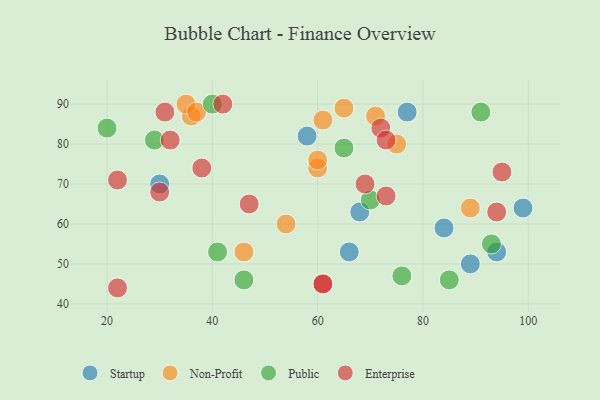
{"axis": {"x": "GDP", "y": "Life Expectancy"}, "legend": ["Enterprise", "Non-Profit", "Public", "Startup"], "data": [{"x": "89", "y": 50, "type": "Startup"}, {"x": "66", "y": 53, "type": "Startup"}, {"x": "84", "y": 59, "type": "Startup"}, {"x": "58", "y": 82, "type": "Startup"}, {"x": "30", "y": 70, "type": "Startup"}, {"x": "68", "y": 63, "type": "Startup"}, {"x": "94", "y": 53, "type": "Startup"}, {"x": "77", "y": 88, "type": "Startup"}, {"x": "99", "y": 64, "type": "Startup"}, {"x": "36", "y": 87, "type": "Non-Profit"}, {"x": "35", "y": 90, "type": "Non-Profit"}, {"x": "89", "y": 64, "type": "Non-Profit"}, {"x": "61", "y": 86, "type": "Non-Profit"}, {"x": "65", "y": 89, "type": "Non-Profit"}, {"x": "71", "y": 87, "type": "Non-Profit"}, {"x": "54", "y": 60, "type": "Non-Profit"}, {"x": "60", "y": 74, "type": "Non-Profit"}, {"x": "75", "y": 80, "type": "Non-Profit"}, {"x": "60", "y": 76, "type": "Non-Profit"}, {"x": "37", "y": 88, "type": "Non-Profit"}, {"x": "46", "y": 53, "type": "Non-Profit"}, {"x": "85", "y": 46, "type": "Public"}, {"x": "76", "y": 47, "type": "Public"}, {"x": "20", "y": 84, "type": "Public"}, {"x": "46", "y": 46, "type": "Public"}, {"x": "41", "y": 53, "type": "Public"}, {"x": "29", "y": 81, "type": "Public"}, {"x": "91", "y": 88, "type": "Public"}, {"x": "70", "y": 66, "type": "Public"}, {"x": "40", "y": 90, "type": "Public"}, {"x": "65", "y": 79, "type": "Public"}, {"x": "93", "y": 55, "type": "Public"}, {"x": "72", "y": 84, "type": "Enterprise"}, {"x": "61", "y": 45, "type": "Enterprise"}, {"x": "31", "y": 88, "type": "Enterprise"}, {"x": "22", "y": 71, "type": "Enterprise"}, {"x": "94", "y": 63, "type": "Enterprise"}, {"x": "61", "y": 45, "type": "Enterprise"}, {"x": "32", "y": 81, "type": "Enterprise"}, {"x": "95", "y": 73, "type": "Enterprise"}, {"x": "38", "y": 74, "type": "Enterprise"}, {"x": "30", "y": 68, "type": "Enterprise"}, {"x": "47", "y": 65, "type": "Enterprise"}, {"x": "22", "y": 44, "type": "Enterprise"}, {"x": "42", "y": 90, "type": "Enterprise"}, {"x": "73", "y": 67, "type": "Enterprise"}, {"x": "69", "y": 70, "type": "Enterprise"}, {"x": "73", "y": 81, "type": "Enterprise"}]}